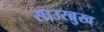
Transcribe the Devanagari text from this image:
साउरब्रुख